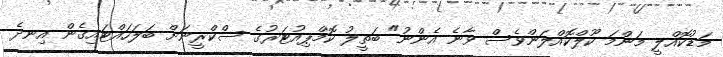
މަޑުކޮއްލީ މަންމަ ކޫލްކޮއްލަންވެސް ވާނެ އެންނު" ބަތީލު ކޮމްޕިއުޓަރުގެ ސްކްރީނަށް ބަލަހައްޓައިގެން އިނދެ